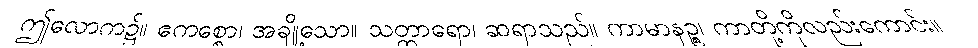
ဤလောက၌။ ဧကစ္စော၊ အချို့သော။ သတ္ထာရော၊ ဆရာသည်။ ကာမာနဉ္စ၊ ကာတို့ကိုလည်းကောင်း။